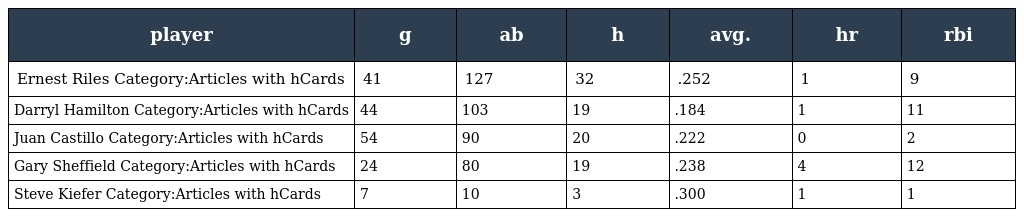
| player | g | ab | h | avg. | hr | rbi |
 | --- | --- | --- | --- | --- | --- | --- |
 | Ernest Riles Category:Articles with hCards | 41 | 127 | 32 | .252 | 1 | 9 |
 | Darryl Hamilton Category:Articles with hCards | 44 | 103 | 19 | .184 | 1 | 11 |
 | Juan Castillo Category:Articles with hCards | 54 | 90 | 20 | .222 | 0 | 2 |
 | Gary Sheffield Category:Articles with hCards | 24 | 80 | 19 | .238 | 4 | 12 |
 | Steve Kiefer Category:Articles with hCards | 7 | 10 | 3 | .300 | 1 | 1 |